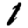
Digit: 1